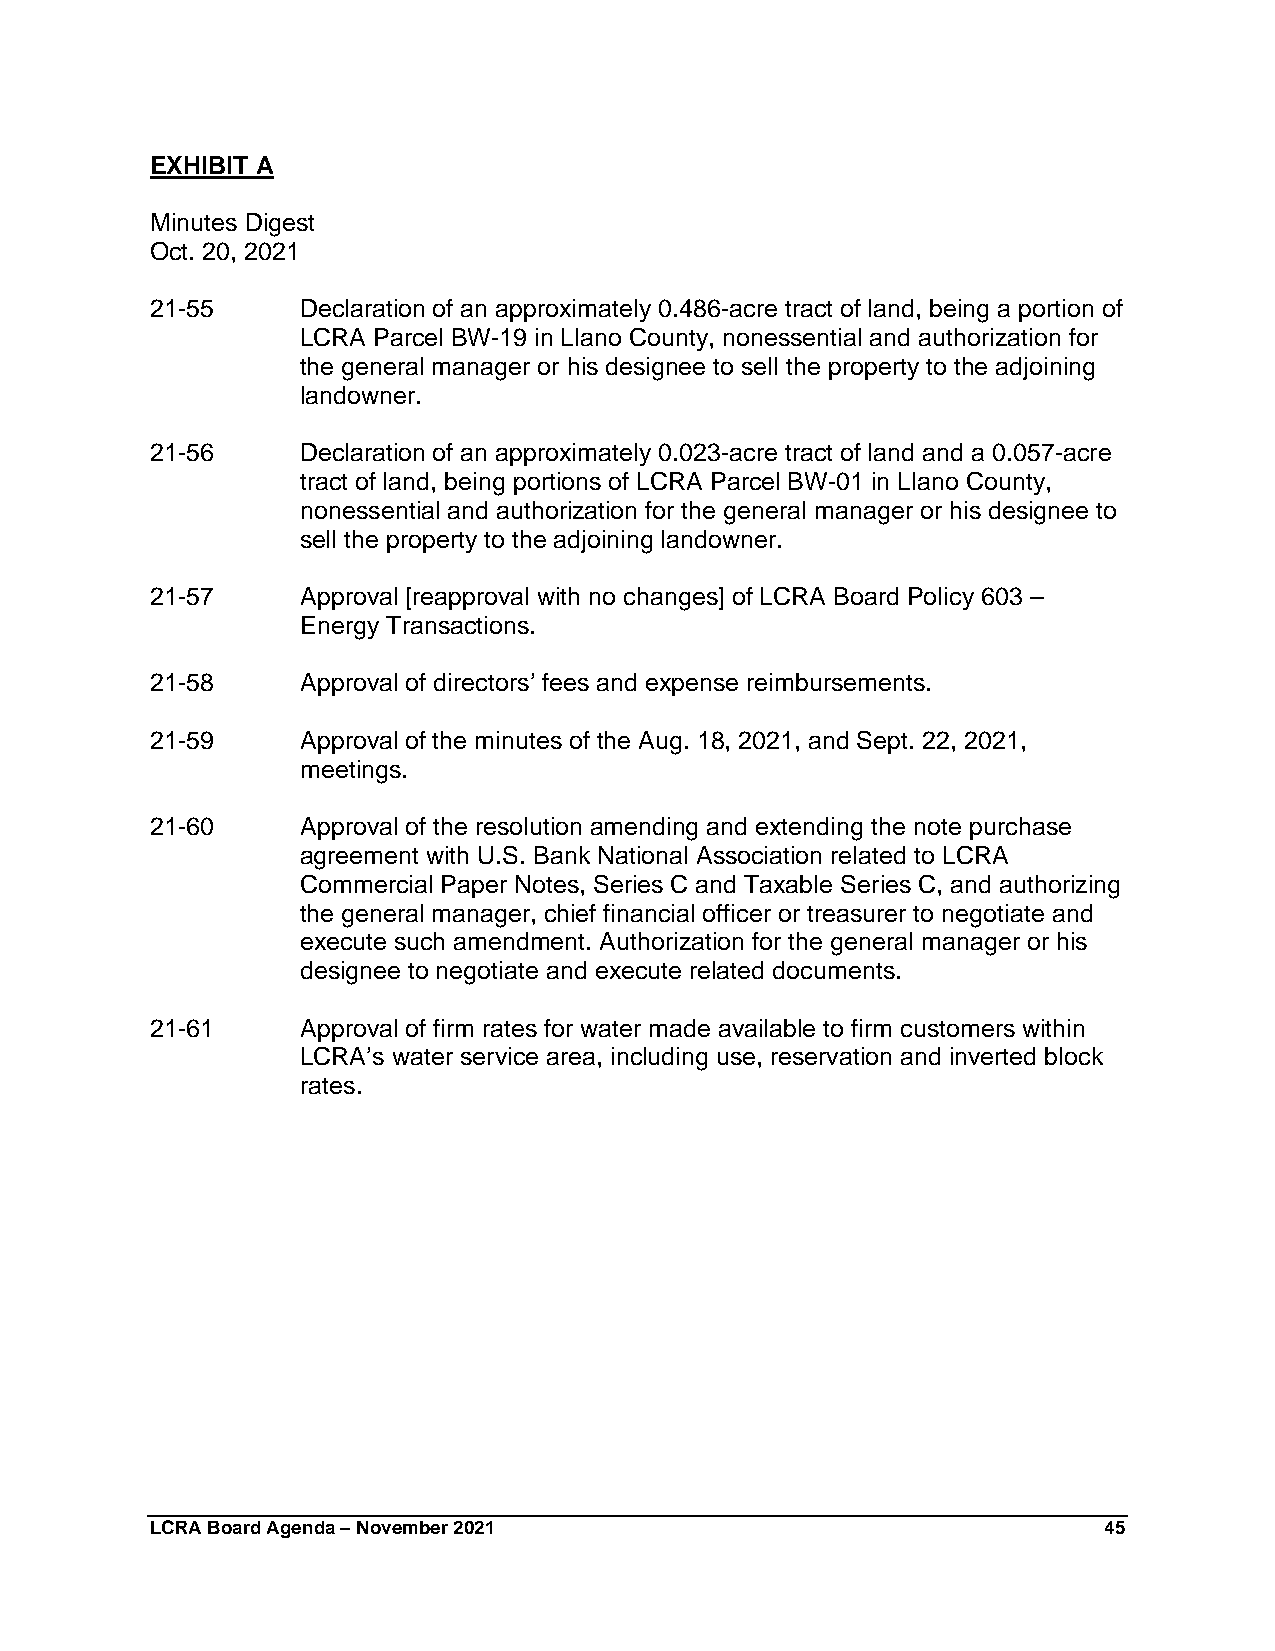
EXHIBIT A
 Minutes Digest
 Oct. 20, 2021
 21-55     Declaration of an approximately 0.486-acre tract of land, being a portion of
 LCRA Parcel BW-19 in Llano County, nonessential and authorization for
 the general manager or his designee to sell the property to the adjoining
 landowner.
 21-56     Declaration of an approximately 0.023-acre tract of land and a 0.057-acre
 tract of land, being portions of LCRA Parcel BW-01 in Llano County,
 nonessential and authorization for the general manager or his designee to
 sell the property to the adjoining landowner.
 21-57     Approval [reapproval with no changes] of LCRA Board Policy 603 –
 Energy Transactions.
 21-58     Approval of directors’ fees and expense reimbursements.
 21-59     Approval of the minutes of the Aug. 18, 2021, and Sept. 22, 2021,
 meetings.
 21-60     Approval of the resolution amending and extending the note purchase
 agreement with U.S. Bank National Association related to LCRA
 Commercial Paper Notes, Series C and Taxable Series C, and authorizing
 the general manager, chief financial officer or treasurer to negotiate and
 execute such amendment. Authorization for the general manager or his
 designee to negotiate and execute related documents.
 21-61     Approval of firm rates for water made available to firm customers within
 LCRA’s water service area, including use, reservation and inverted block
 rates.
 LCRA Board Agenda – November 2021                              45